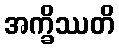
အက္ခိဿတိ